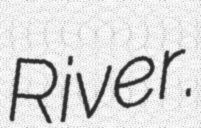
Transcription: River.